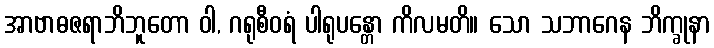
အာဗာဓဇရာဘိဘူတော ဝါ, ဂရုစီဝရံ ပါရုပန္တော ကိလမတိ။ သော သဘာဂေန ဘိက္ခုနာ